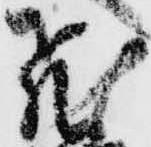
飛